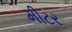
મીટર